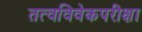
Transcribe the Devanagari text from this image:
तत्वविवेकपरीक्षा